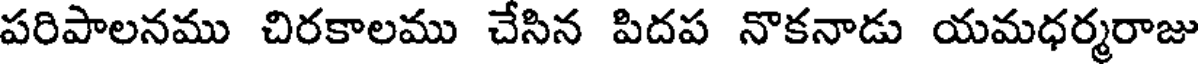
పరిపాలనము చిరకాలము చేసిన పిదప నొకనాడు యమధర్మరాజు